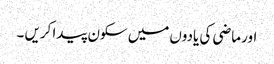
اور ماضی کی یادوں میں سکون پیدا کریں ۔